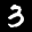
Label: 3